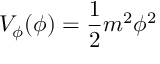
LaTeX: V _ { \phi } ( \phi ) = { \frac { 1 } { 2 } } m ^ { 2 } \phi ^ { 2 }